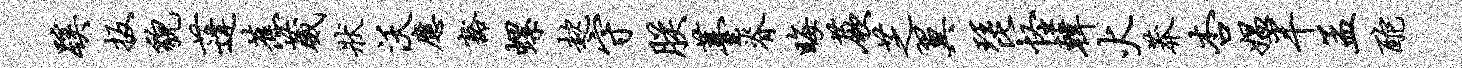
蹊扳貌蓬蕉葳状沃应豁螺趑守朕薹脊晦蕨芝翼琵怪韩火莽杏媪半孟酡